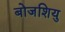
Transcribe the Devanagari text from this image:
बोजशियु